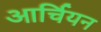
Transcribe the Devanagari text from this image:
आर्चियन